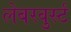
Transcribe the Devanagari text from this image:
लेबरवुर्स्ट